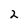
Character: 2